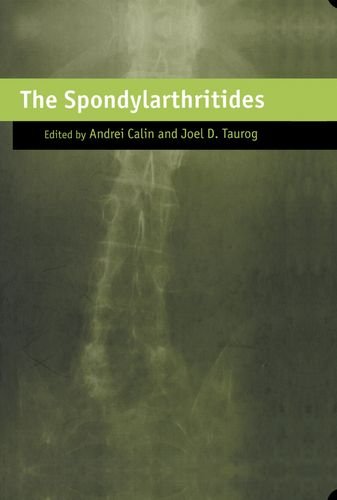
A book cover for The Spondylarthritides; Medical Books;